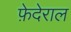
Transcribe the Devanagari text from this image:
फ़ेदेराल